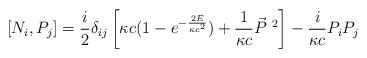
\begin{align*} [N_i, P_j] = \frac{i}{2} \delta_{ij} \left[ \kappa c (1 - e ^{ -\frac{2E}{\kappa c^2} })+ \frac{1}{\kappa c}\vec{P}^{\ 2}\right] - \frac{i}{\kappa c}P_i P _j\end{align*}